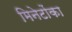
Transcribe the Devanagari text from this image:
मिनेटोंका